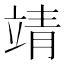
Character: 靖